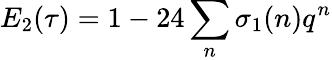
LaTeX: E_{2}(\tau)=1-24\sum_{n}\sigma_{1}(n)q^{n}